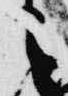
之